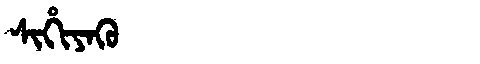
Manchu: ᠰᡳᡥᡳᠶᠠᡴᡠ
Romanization: SIHIYAKU